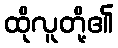
ထိုလူတို့၏